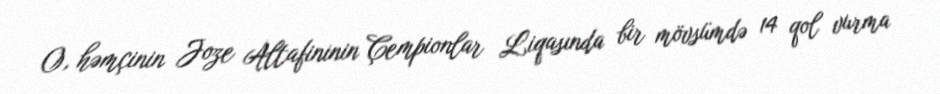
O, həmçinin Joze Altafininin Çempionlar Liqasında bir mövsümdə 14 qol vurma